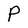
Character: P